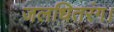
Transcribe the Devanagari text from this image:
जलधितरंग।